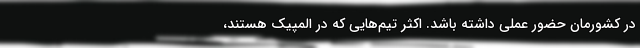
در کشورمان حضور عملی داشته باشد. اکثر تیم‌هایی که در المپیک هستند،